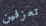
تعزفين